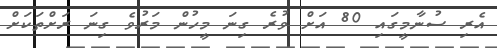
އެރި ސުނާމީގައި 80 އަށް ވުރެ ގިނަ މީހުން މަރުވެ ގިނަ ރަށްތަކަށް